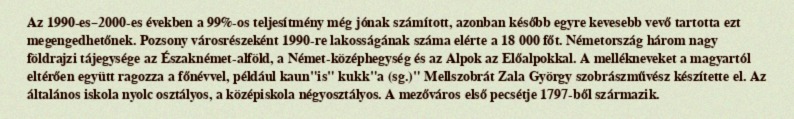
Az 1990-es–2000-es években a 99%-os teljesítmény még jónak számított, azonban később egyre kevesebb vevő tartotta ezt megengedhetőnek. Pozsony városrészeként 1990-re lakosságának száma elérte a 18 000 főt. Németország három nagy földrajzi tájegysége az Északnémet-alföld, a Német-középhegység és az Alpok az Előalpokkal. A mellékneveket a magyartól eltérően együtt ragozza a főnévvel, például kaun"is" kukk"a (sg.)" Mellszobrát Zala György szobrászművész készítette el. Az általános iskola nyolc osztályos, a középiskola négyosztályos. A mezőváros első pecsétje 1797-ből származik.